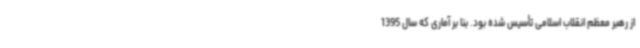
از رهبر معظم انقلاب اسلامی تأسیس شده بود. بنا بر آماری که سال 1395